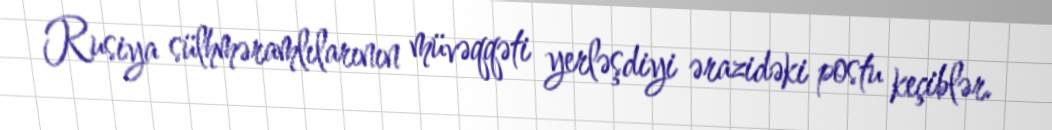
Rusiya sülhməramlılarının müvəqqəti yerləşdiyi ərazidəki postu keçiblər.